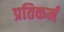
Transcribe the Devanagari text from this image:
प्रतिकर्म